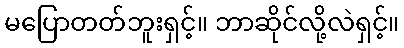
မပြောတတ်ဘူးရှင့်။ ဘာဆိုင်လို့လဲရှင့်။